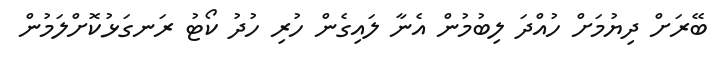
ބޭރަށް ދިޔުމަށް ހުއްދަ ލިބުމުން އެނާ ލައިގެން ހުރި ހުދު ކޯޓު ރަނގަޅުކޮށްލަމުން